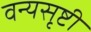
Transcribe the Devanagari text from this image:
वन्यसृष्टी